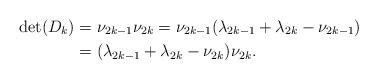
LaTeX: \begin{align*}\det(D_k)&=\nu _{2k-1}\nu _{2k}=\nu _{2k-1}(\lambda _{2k-1}+\lambda _{2k}-\nu _{2k-1})\\&=(\lambda _{2k-1}+\lambda _{2k}-\nu _{2k})\nu _{2k}.\end{align*}